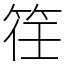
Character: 䇮